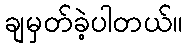
ချမှတ်ခဲ့ပါတယ်။